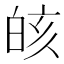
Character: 𰤗